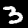
Label: 3